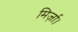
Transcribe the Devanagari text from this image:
मिर्ज़ा।